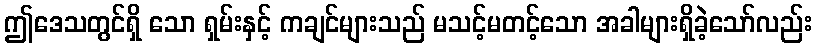
ဤဒေသတွင်ရှိ သော ရှမ်းနှင့် ကချင်များသည် မသင့်မတင့်သော အခါများရှိခဲ့သော်လည်း